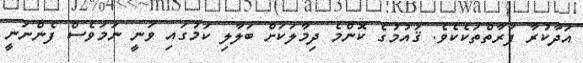
އަދާކުރާ ފަރާތްތަކެކެވެ. ޤައުމުގެ ކޮންމެ ދިމާލަކަށް ބަލާލި ކަމުގައި ވަނީ ނަމަވެސް ފެންނަނީ